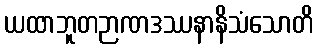
ယထာဘူတဉာဏဒဿနာနိသံသောတိ